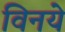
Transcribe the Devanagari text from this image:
विनये